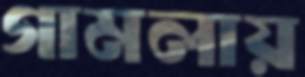
গামলায়